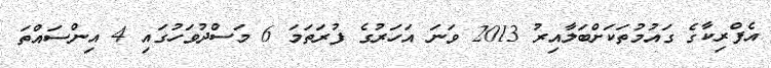
އެފްރިކާގެ ގައުމުތަކަށްބަލާއިރު 2013 ވަނަ އަހަރުގެ ފުރަތަމަ 6 މަސްދުވަހުގައި 4 އިންސައްތަ